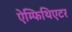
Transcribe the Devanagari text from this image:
ऐम्फिथिएटर